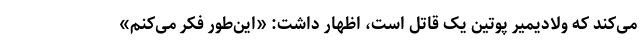
می‌کند که ولادیمیر پوتین یک قاتل است، اظهار داشت: «این‌طور فکر می‌کنم»